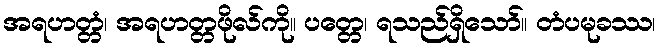
အရဟတ္တံ၊ အရဟတ္တဖိုလ်ကို။ ပတ္တေ၊ ရသည်ရှိသော်။ တံပမုခဿ၊